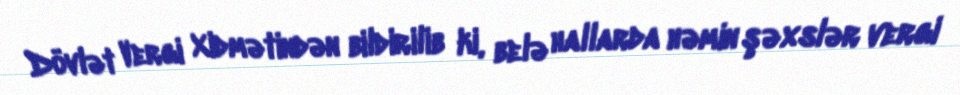
Dövlət Vergi Xidmətindən bildirilib ki, belə hallarda həmin şəxslər vergi